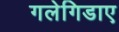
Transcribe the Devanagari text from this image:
गलेगिडाए